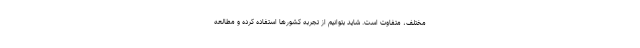
مختلف، متفاوت است. شاید بتوانیم از تجربه کشورها استفاده کرده و مطالعه